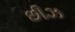
છીઝ